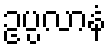
ဥပ္ပလာနံ